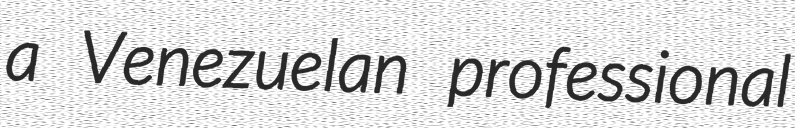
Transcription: a Venezuelan professional